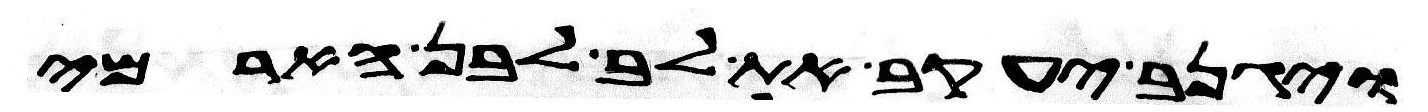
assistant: ויגנב יעקב את לב לבן הארמי